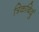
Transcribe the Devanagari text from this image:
त्रिकबिदुं